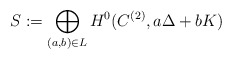
\begin{align*} S := \bigoplus_{(a,b)\in L}H^0(C^{(2)},a\Delta+bK)\end{align*}